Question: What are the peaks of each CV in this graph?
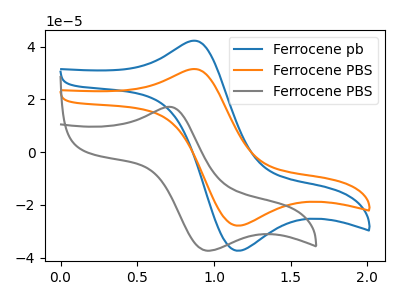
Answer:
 <answer>The blue curve "Ferrocene pb" has an anodic peak at (0.85V, 42.10uA) and a cathodic peak at (1.15V, -37.40uA). The orange curve "Ferrocene PBS" has an anodic peak at (0.85V, 31.40uA) and a cathodic peak at (1.15V, -27.90uA). The gray curve "Ferrocene PBS" has an anodic peak at (0.70V, 17.15uA) and a cathodic peak at (0.95V, -37.35uA).</answer>
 <eval></eval>